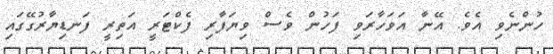
ހުންނެވި އެވެ. އޭނާ އަވަހާރަވި ފަހުން ވެސް ވިޔަފާރި ފެކްޓަރީ އަތިރީ ފަނޑިޔާރުގޭގައި